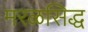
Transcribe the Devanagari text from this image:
मरळसिद्ध